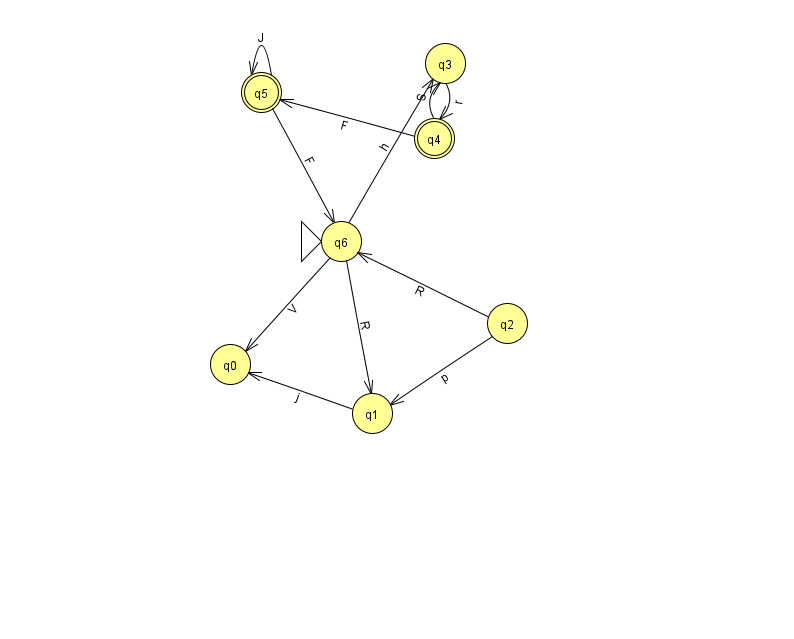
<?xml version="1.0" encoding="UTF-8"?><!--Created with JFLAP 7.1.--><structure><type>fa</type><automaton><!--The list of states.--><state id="0" name="q0"><x>230.0</x><y>351.0</y></state><state id="1" name="q1"><x>372.0</x><y>400.0</y></state><state id="2" name="q2"><x>507.0</x><y>310.0</y></state><state id="3" name="q3"><x>445.0</x><y>50.0</y></state><state id="4" name="q4"><x>434.0</x><y>125.0</y><final/></state><state id="5" name="q5"><x>261.0</x><y>79.0</y><final/></state><state id="6" name="q6"><x>341.0</x><y>228.0</y><initial/></state><!--The list of transitions.--><transition><from>6</from><to>3</to><read>h</read></transition><transition><from>5</from><to>6</to><read>F</read></transition><transition><from>4</from><to>5</to><read>F</read></transition><transition><from>2</from><to>1</to><read>p</read></transition><transition><from>6</from><to>1</to><read>R</read></transition><transition><from>5</from><to>5</to><read>J</read></transition><transition><from>6</from><to>0</to><read>V</read></transition><transition><from>3</from><to>4</to><read>r</read></transition><transition><from>1</from><to>0</to><read>j</read></transition><transition><from>4</from><to>3</to><read>S</read></transition><transition><from>2</from><to>6</to><read>R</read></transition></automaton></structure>